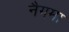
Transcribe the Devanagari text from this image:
नैगमा